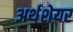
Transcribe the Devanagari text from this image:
अर्थशेयर